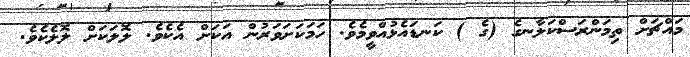
މައްޗަށް ތިމަންރަސްކަލާނގެ (ގެ ) ކަނޑައެޅުއްވީމެވެ. ހަމަކަށަވަރުން އަކަށް އެކެވެ. ލޮލަކަށް ލޮލެކެވެ.